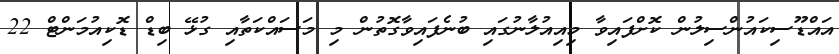
އައްޑޫސިކައުންސިލުން ކޮށްފައިވާ މިއިއުލާނުގައި ބުނެފައިވާގޮތުން މި މަސައްކަތާއި ގުޅޭ ބިޑް ޑޮކިއުމަންޓް 22